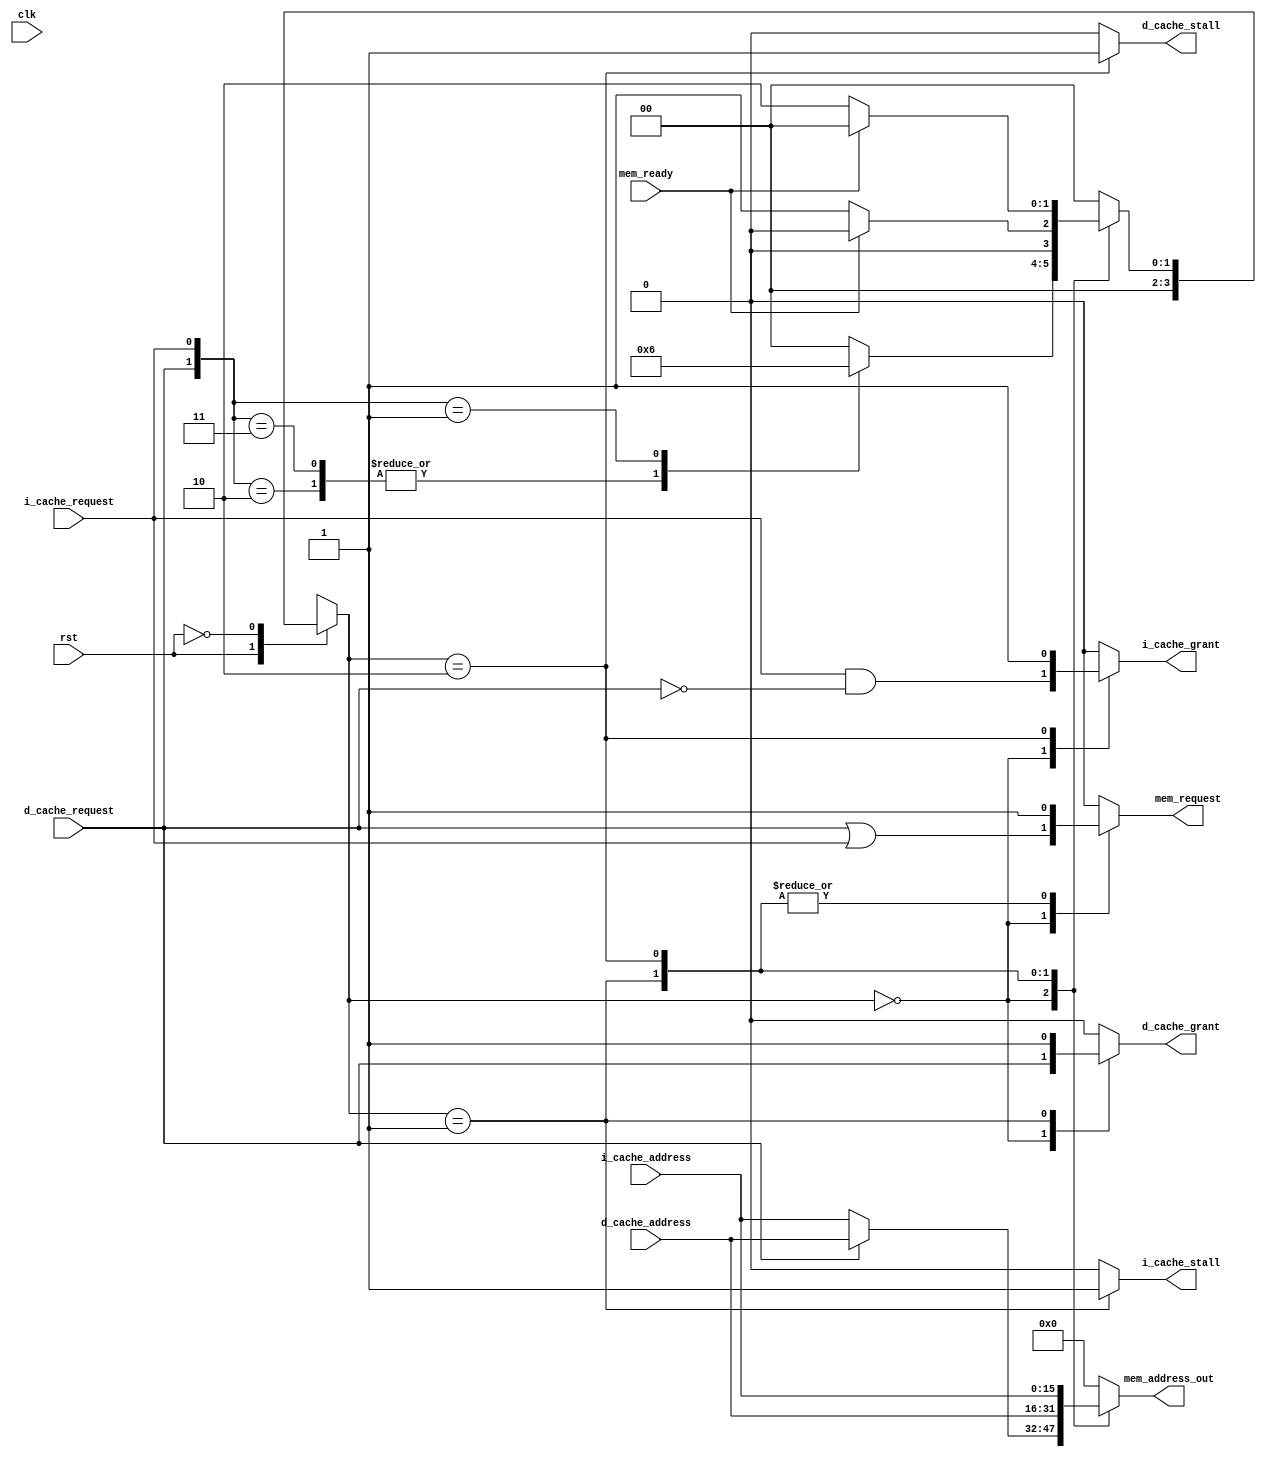
module CacheMemoryInterface(
    input wire clk,
    input wire rst,
    input wire i_cache_request,
    input wire [15:0] i_cache_address,
    input wire d_cache_request,
    input wire [15:0] d_cache_address,
    input wire mem_ready,
    output reg i_cache_grant,
    output reg i_cache_stall,
    output reg d_cache_grant,
    output reg d_cache_stall,
    output reg [15:0] mem_address_out,
    output reg mem_request
);

parameter IDLE = 2'b00;
parameter D_CACHE_ACTIVE = 2'b01;
parameter I_CACHE_ACTIVE = 2'b10;

reg [1:0] state, next_state;

always @(rst) begin
    case (rst) 
        1: begin
            state <= IDLE;
        end 
        0: begin
        state <= next_state;
        end
    endcase
end

always @(*) begin
    case (state)
        IDLE: begin
            case ({d_cache_request, i_cache_request})
                2'b10: next_state = D_CACHE_ACTIVE; // D-cache has priority
                2'b11: next_state = D_CACHE_ACTIVE;
                2'b01: next_state = I_CACHE_ACTIVE; // No D-cache request, but I-cache is requesting
                default: next_state = IDLE; // No requests
            endcase
        end
        D_CACHE_ACTIVE: begin
            next_state = mem_ready ? IDLE : D_CACHE_ACTIVE; // Remain active until mem_ready
        end
        I_CACHE_ACTIVE: begin
            next_state = mem_ready ? IDLE : I_CACHE_ACTIVE; // Remain active until mem_ready
        end
        default: next_state = IDLE;
    endcase
end

always @(*) begin
    case (state)
        IDLE: begin
            mem_request = (d_cache_request | i_cache_request);
            mem_address_out = d_cache_request ? d_cache_address : i_cache_address;
            i_cache_grant = i_cache_request & ~d_cache_request;
            d_cache_grant = d_cache_request;
            i_cache_stall = 0;
            d_cache_stall = 0;
        end
        D_CACHE_ACTIVE: begin
            d_cache_grant = 1;
            i_cache_stall = 1;
            i_cache_grant = 0;
            d_cache_stall = 0;
            mem_address_out = d_cache_address;
            mem_request = 1;
        end
        I_CACHE_ACTIVE: begin
            i_cache_grant = 1;
            d_cache_stall = 1;
            d_cache_grant = 0;
            i_cache_stall = 0;
            mem_address_out = i_cache_address;
            mem_request = 1;
        end
        default: begin
            i_cache_grant = 0;
            i_cache_stall = 0;
            d_cache_grant = 0;
            d_cache_stall = 0;
            mem_request = 0;
            mem_address_out = 16'b0; 
        end
    endcase
end

endmodule